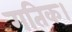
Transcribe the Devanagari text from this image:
गतिक।